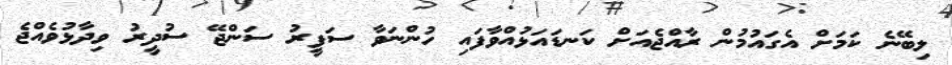
ލިބޭނެ ކަމަށް އެގައުމުން ރާއްޖެއަށް ކަނޑައަޅުއްވާފައި ހުންނަވާ ސަފީރު ސަންޖޭ ސުދީރު ވިދާޅުވެއްޖެ